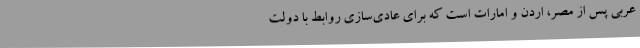
عربی پس از مصر، اردن و امارات است که برای عادی‌سازی روابط با دولت